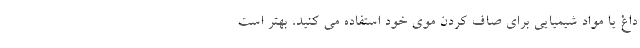
داغ یا مواد شیمیایی برای صاف کردن موی خود استفاده می کنید، بهتر است